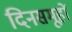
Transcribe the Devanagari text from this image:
दिनसमूहों